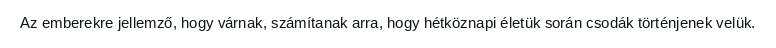
Az emberekre jellemző, hogy várnak, számítanak arra, hogy hétköznapi életük során csodák történjenek velük.